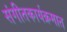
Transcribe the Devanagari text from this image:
संगीतकार्यक्रमात